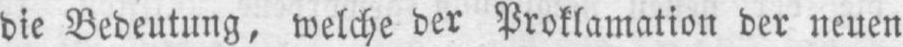
die Bedeutung, welche der Proklamation der neuen